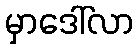
မှာဒေါ်လာ